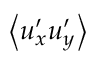
\left< u _ { x } ^ { \prime } u _ { y } ^ { \prime } \right>